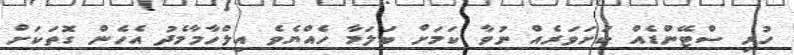
ހުރި ސްޓޭންޑެއް ކަށަވަރެއް ނުވާ ކަމަށް ބަލަމާ ހެއްޔެވެ އިލްހާމާމެދު އެހެން ގޮތަކަށް